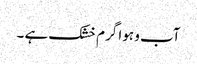
آب و ہوا گرم خشک ہے ۔